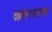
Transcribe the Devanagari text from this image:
चार्लस्टनसारखे